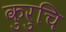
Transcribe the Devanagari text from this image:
कुरुचि